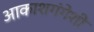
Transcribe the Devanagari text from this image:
आकाशगंगेशी